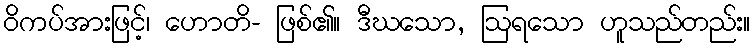
ဝိကပ်အားဖြင့်၊ ဟောတိ- ဖြစ်၏။ ဒီဃသော, ဩရသော ဟူသည်တည်း။